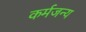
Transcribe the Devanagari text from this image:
कर्मजन्य